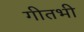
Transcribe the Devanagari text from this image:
गीतभी